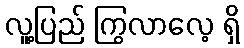
လူ့ပြည် ကြွလာလေ့ ရှိ